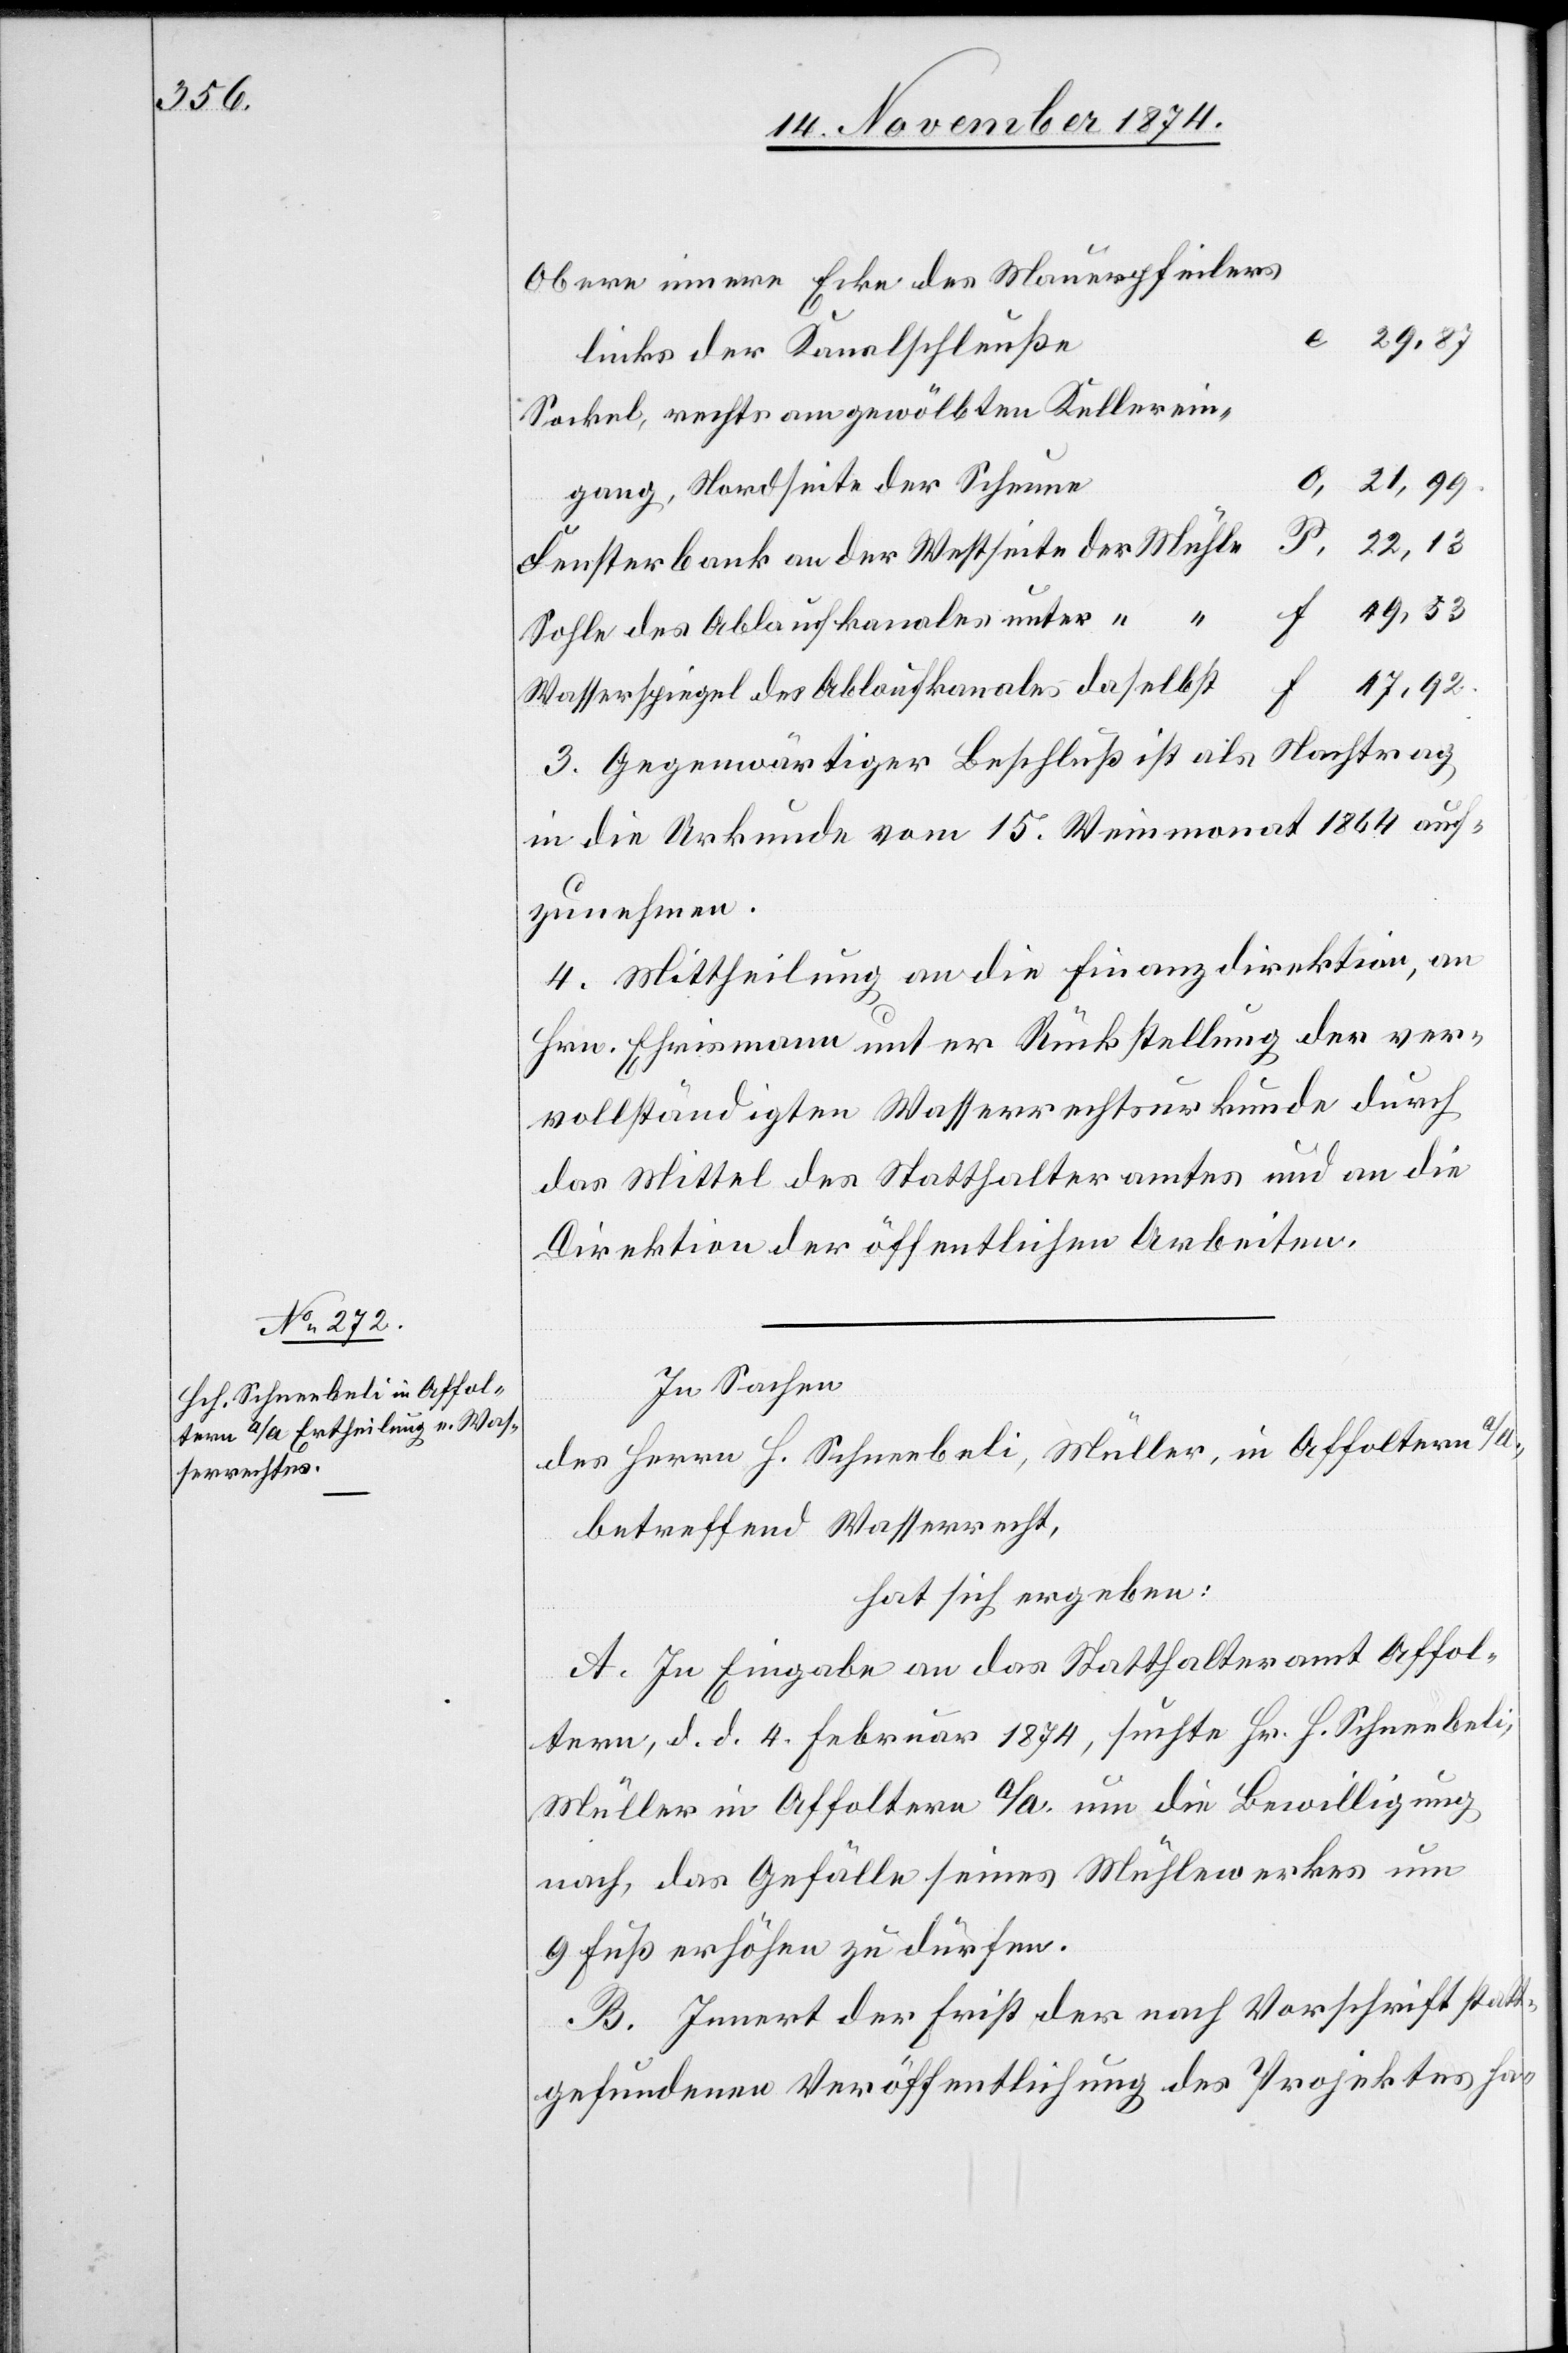
21,99.

Obere innere Ecke des Mauerpfeilers
links der Kanalschleuße
Sockel, rechts am gewölbten Kellerein¬
gang, Nordseite der Scheune
Fensterbank an der Westseite der Mühle
P.
Sohle des Ablaufkanals unter “
Wasserspiegel des Ablaufkanales daselbst
3. Gegenwärtiger Beschluß ist als Nachtrag
in die Urkunde vom 15. Weinmonat 1864 auf¬
zunehmen.
4. Mittheilung an die Finanzdirektion, an
Hrn. Ehrismann unter Rückstellung der ver¬
vollständigten Wasserrechtsurkunde durch
das Mittel des Statthalteramtes und an die
Direktion der öffentlichen Arbeiten.
In Sachen
des Herrn H. Schneebeli, Müller, in Affoltern a/A.,
betreffend Wasserrecht,
hat sich ergeben:
A. In Eingabe an das Statthalteramt Affol¬
tern, d. d. Februar 1874, suchte Hr. H. Schneebeli
Müller in Affoltern a/A. um die Bewilligung
nach, das Gefälle seines Mühlenwerkes um
9 Fuß erhöhen zu dürfen.
B. Innert der Frist der nach Vorschrift statt¬
gefundenen Veröffentlichung des Projektes ha-